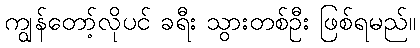
ကျွန်တော့်လိုပင် ခရီး သွားတစ်ဦး ဖြစ်ရမည်။